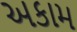
અકામ